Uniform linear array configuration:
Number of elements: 8
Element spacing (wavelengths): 0.25
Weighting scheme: exponential
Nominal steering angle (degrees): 45
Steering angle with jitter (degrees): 43.44
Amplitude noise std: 0.05
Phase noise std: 0.05

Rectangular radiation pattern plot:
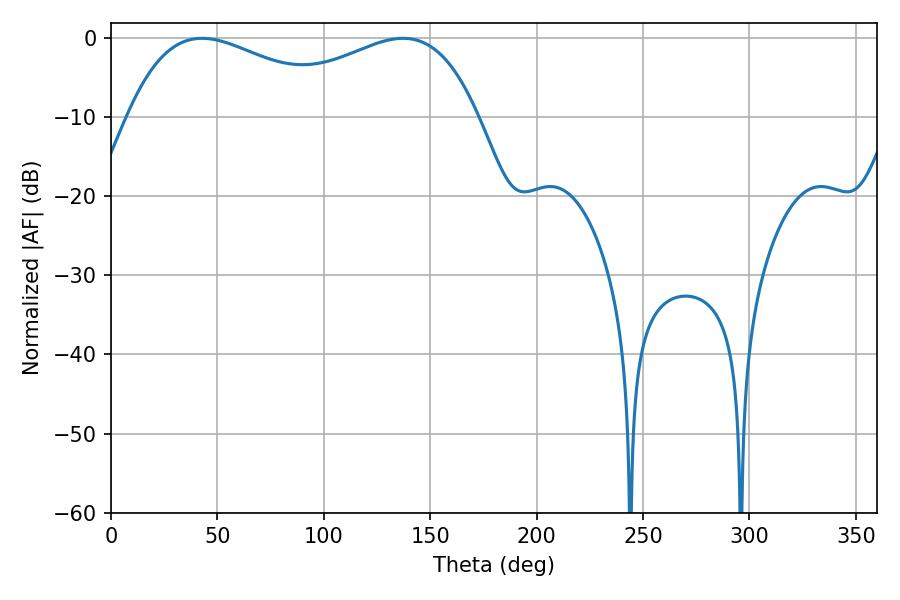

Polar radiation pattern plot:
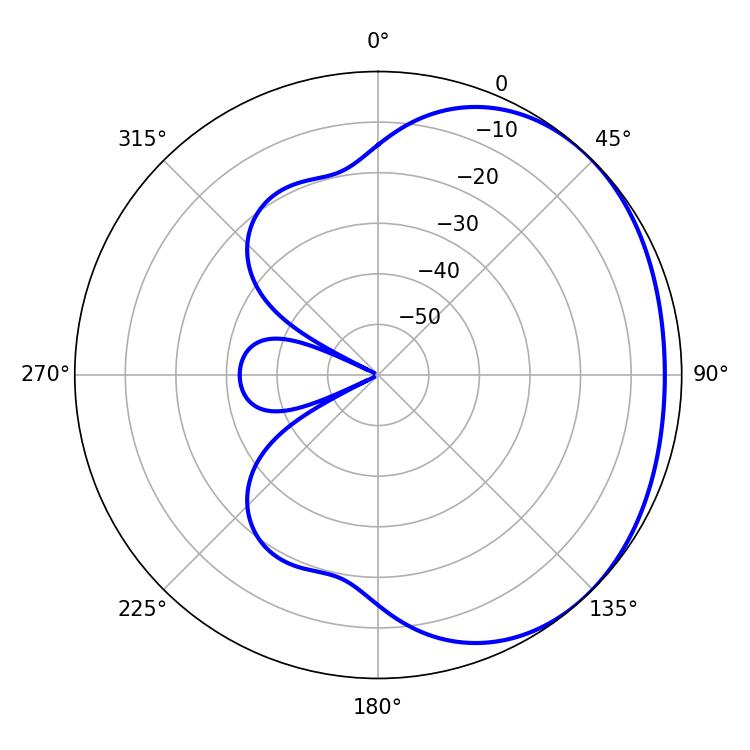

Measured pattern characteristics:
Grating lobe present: FALSE
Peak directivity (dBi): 1.698
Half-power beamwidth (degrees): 57.96
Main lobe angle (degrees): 42.84